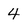
Character: 4